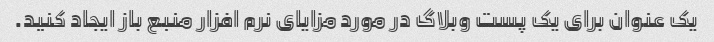
یک عنوان برای یک پست وبلاگ در مورد مزایای نرم افزار منبع باز ایجاد کنید.